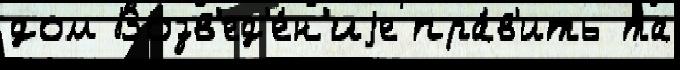
дом Возв'ед'е́н'иjе пра́в'ить та